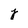
Character: j